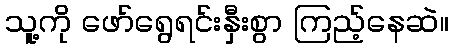
သူ့ကို ဖော်ရွေရင်းနှီးစွာ ကြည့်နေဆဲ။